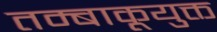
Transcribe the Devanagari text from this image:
तम्बाकूयुक्त